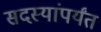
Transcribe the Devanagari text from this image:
सदस्यांपर्यंत